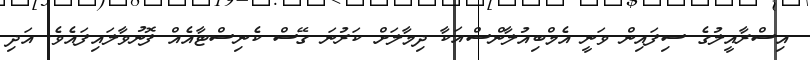
އިސްރާއީލުގެ ސިފައިން ވަނީ އެމްބިއުލާންސްއަކާ ދިމާލަށް ކަރުނަ ގޭސް ކެނިސްޓާއެއް ފޮނުވާލައިފައެވެ. އަދި